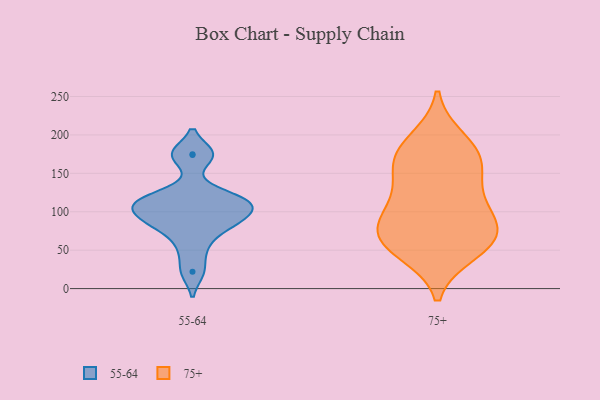
{"axis": {"x": "Bounce Rate (%)", "y": "Value"}, "legend": ["55-64", "75+"], "data": [{"x": "", "y": 54, "type": "55-64"}, {"x": "", "y": 115, "type": "55-64"}, {"x": "", "y": 83, "type": "55-64"}, {"x": "", "y": 90, "type": "55-64"}, {"x": "", "y": 104, "type": "55-64"}, {"x": "", "y": 120, "type": "55-64"}, {"x": "", "y": 22, "type": "55-64"}, {"x": "", "y": 84, "type": "55-64"}, {"x": "", "y": 113, "type": "55-64"}, {"x": "", "y": 175, "type": "55-64"}, {"x": "", "y": 174, "type": "55-64"}, {"x": "", "y": 108, "type": "55-64"}, {"x": "", "y": 170, "type": "75+"}, {"x": "", "y": 69, "type": "75+"}, {"x": "", "y": 105, "type": "75+"}, {"x": "", "y": 153, "type": "75+"}, {"x": "", "y": 48, "type": "75+"}, {"x": "", "y": 56, "type": "75+"}, {"x": "", "y": 162, "type": "75+"}, {"x": "", "y": 123, "type": "75+"}, {"x": "", "y": 65, "type": "75+"}, {"x": "", "y": 80, "type": "75+"}, {"x": "", "y": 180, "type": "75+"}, {"x": "", "y": 66, "type": "75+"}, {"x": "", "y": 193, "type": "75+"}, {"x": "", "y": 101, "type": "75+"}]}